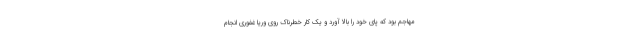
مهاجم بود که پای خود را بالا آورد و یک کار خطرناک روی وریا غفوری انجام